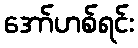
အော်ဟစ်ရင်း